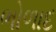
ભોળાદ